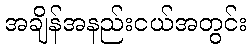
အချိန်အနည်းငယ်အတွင်း